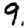
Digit: 9